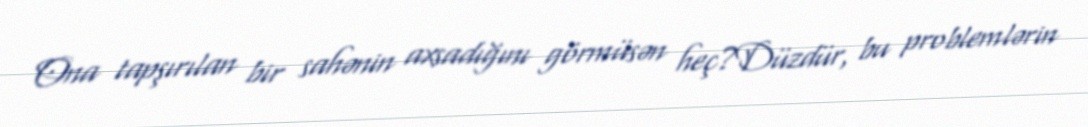
Ona tapşırılan bir sahənin axsadığını görmüsən heç?Düzdür, bu problemlərin